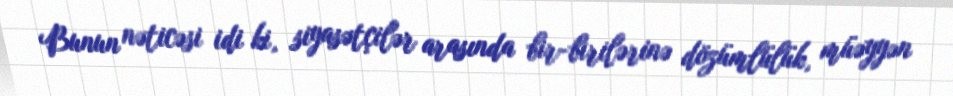
Bunun nəticəsi idi ki, siyasətçilər arasında bir-birilərinə dözümlülük, müəyyən